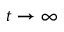
t \rightarrow \infty